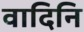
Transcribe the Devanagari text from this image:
वादिनि